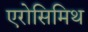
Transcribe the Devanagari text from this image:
एरोसिमिथ